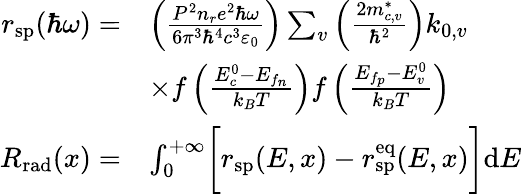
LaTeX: \begin{array}{rl}{r_{\mathrm{sp}}(\hbar\omega)=}&{\left(\frac{P^{2}n_{r}e^{2}\hbar\omega}{6\pi^{3}\hbar^{4}c^{3}\varepsilon_{0}}\right)\sum_{v}\left(\frac{2m_{c,v}^{*}}{\hbar^{2}}\right)k_{0,v}}\\ &{\times f\left(\frac{E_{c}^{0}-E_{f_{n}}}{k_{B}T}\right)f\left(\frac{E_{f_{p}}-E_{v}^{0}}{k_{B}T}\right)}\\ {R_{\mathrm{rad}}(x)=}&{\int_{0}^{+\infty}\biggl[r_{\mathrm{sp}}(E,x)-r_{\mathrm{sp}}^{\mathrm{eq}}(E,x)\biggr]\mathrm{d}E}\end{array}